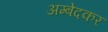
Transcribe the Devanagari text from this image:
अम्बेदकर